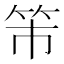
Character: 𥫴